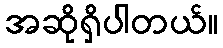
အဆိုရှိပါတယ်။